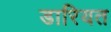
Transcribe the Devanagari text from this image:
डारियत